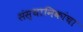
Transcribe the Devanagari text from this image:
संस्थानिकांचा